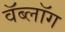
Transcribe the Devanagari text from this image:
वॅब्लॉग